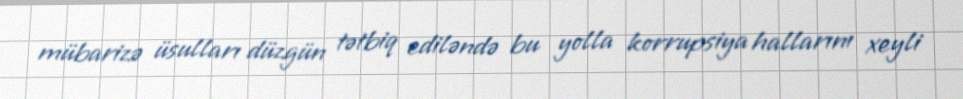
mübarizə üsulları düzgün tətbiq ediləndə bu yolla korrupsiya hallarını xeyli